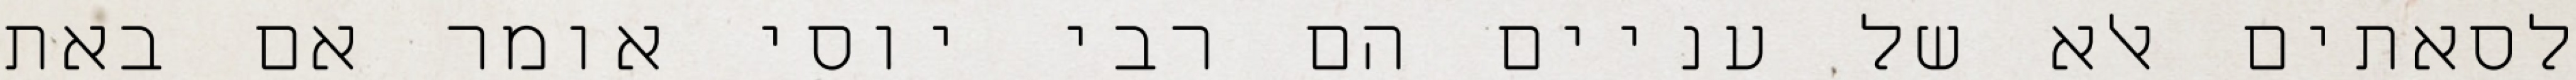
לסאתים אלא של עניים הם רבי יוסי אומר אם באת